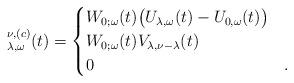
LaTeX: \begin{align*}^{\nu,(c)}_{\lambda,\omega}(t)= \begin{cases}W_{0;\omega}(t) \bigl( U_{\lambda,\omega}(t) - U_{0,\omega}(t) \bigr) & \\ W_{0;\omega}(t) V_{\lambda,\nu - \lambda}(t) & \\0 & .\end{cases}\end{align*}